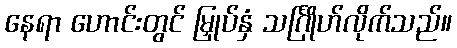
နေရာ ဟောင်းတွင် မြှုပ်နှံ သင်္ဂြိုဟ်လိုက်သည်။